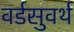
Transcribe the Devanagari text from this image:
वर्डसुवर्थ